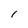
Character: I